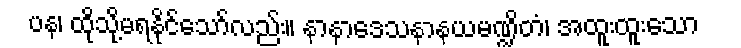
ပန၊ ထိုသို့မရနိုင်သော်လည်း။ နာနာဒေသနာနယမဏ္ဍိတံ၊ အထူးထူးသော